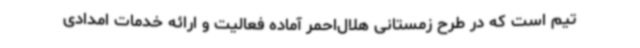
تیم است که در طرح زمستانی هلال‌احمر آماده فعالیت و ارائه خدمات امدادی